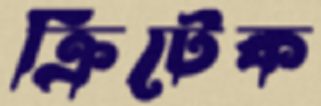
ক্রিটেক